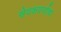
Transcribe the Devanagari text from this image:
सेवकवर्गाचा